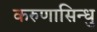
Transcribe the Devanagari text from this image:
करुणासिन्धु